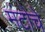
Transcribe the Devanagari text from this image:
मंटोचे